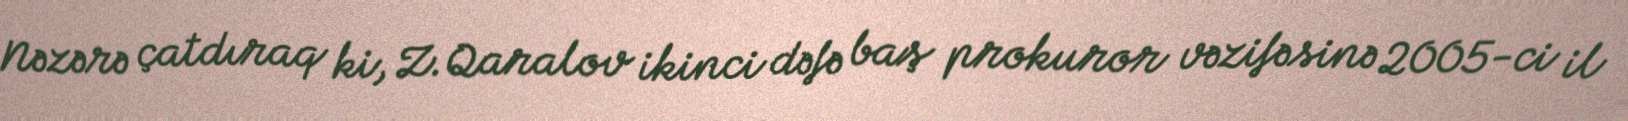
Nəzərə çatdıraq ki, Z.Qaralov ikinci dəfə baş prokuror vəzifəsinə 2005-ci il